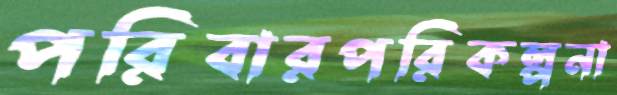
পরিবারপরিকল্পনা